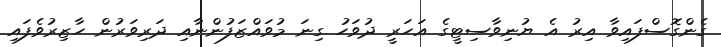
ގެންގޮސްފައިވާ އިރު އެ ޔުނިވާސިޓީގެ އަހަރީ ދުވަހު ގިނަ މުވައްޒަފުންނާއި ދަރިވަރުން ހާޒިރުވެފައި